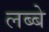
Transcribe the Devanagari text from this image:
लब्बे